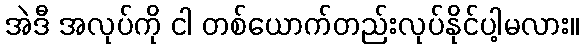
အဲဒီ အလုပ်ကို ငါ တစ်ယောက်တည်းလုပ်နိုင်ပါ့မလား။